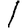
Digit: 1